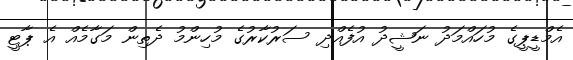
އެމްޑީޕީގެ މުހައްމަދު ނަޝީދު އުފެއްދި ސަރުކާރުގެ މުހިންމު ދެތިން މަގާމެއް އެ ޕާޓީ